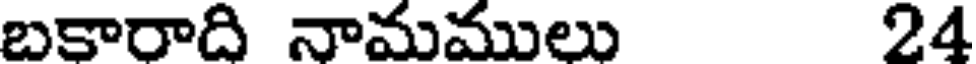
బకారాది నామములు 24